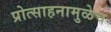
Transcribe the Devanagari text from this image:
प्रोत्साहनामुळेच